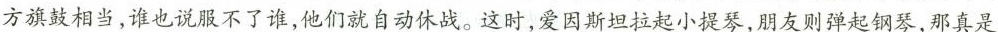
方旗鼓相当，谁也说服不了谁，他们就自动休战。这时，爱因斯坦拉起小提琴，朋友则弹起钢琴，那真是